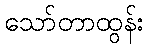
သော်တာထွန်း